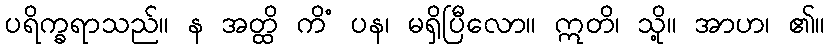
ပရိက္ခရာသည်။ န အတ္ထိ ကိံ ပန၊ မရှိပြီလော။ ဣတိ၊ သို့။ အာဟ၊ ၏။